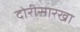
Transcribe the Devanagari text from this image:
दोरीसारखा